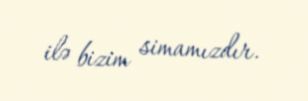
ilə bizim simamızdır.